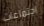
اجتماعات